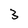
Character: 3